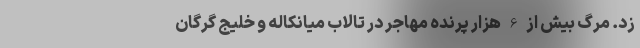
زد. مرگ بیش از 6 هزار پرنده مهاجر در تالاب میانکاله و خلیج گرگان